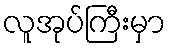
လူအုပ်ကြီးမှာ